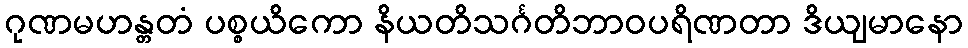
ဂုဏမဟန္တတံ ပစ္စယိကော နိယတိသင်္ဂတိဘာဝပရိဏတာ ဒိယျမာနော